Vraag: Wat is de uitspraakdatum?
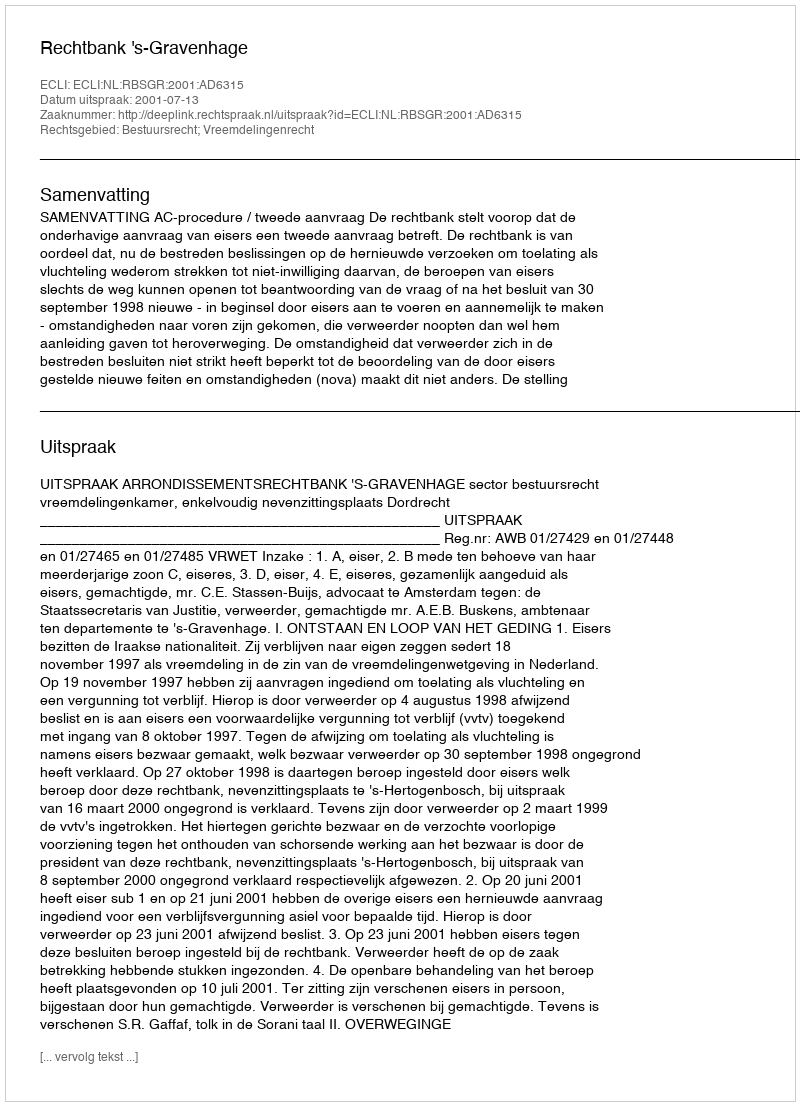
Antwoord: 2001-07-13